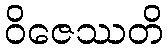
ဝိဇေဿတိ